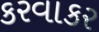
કરવાકર